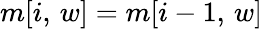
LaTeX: m[i,\, w]=m[i-1,\, w]